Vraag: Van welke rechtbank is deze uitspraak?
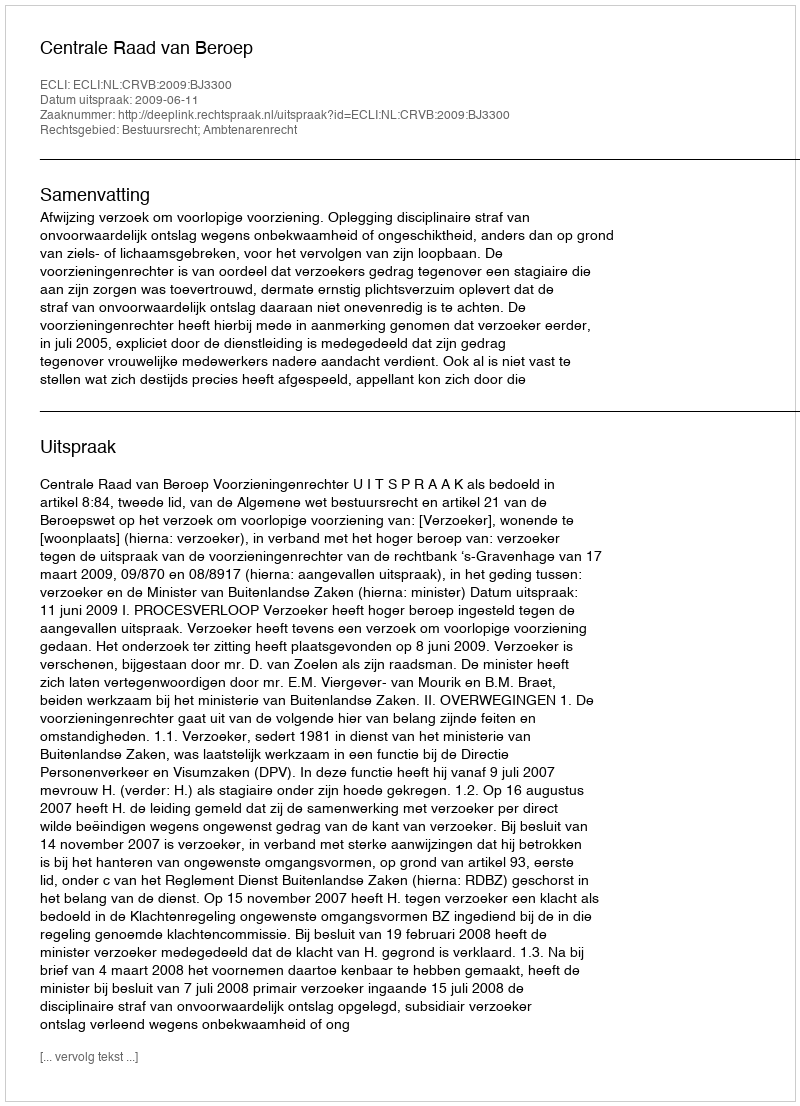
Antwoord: Centrale Raad van Beroep